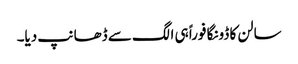
سالن کا ڈونگا فوراً ہی الگ سے ڈھانپ دیا۔